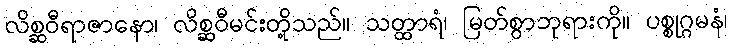
လိစ္ဆဝီရာဇာနော၊ လိစ္ဆဝီမင်းတို့သည်။ သတ္ထာရံ၊ မြတ်စွာဘုရားကို။ ပစ္စုဂ္ဂမနံ၊